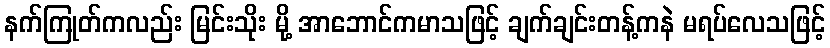
နက်ကြုတ်ကလည်း မြင်းသိုး မို့ အာဘောင်ကမာသဖြင့် ချက်ချင်းတန့်ကနဲ မရပ်လေသဖြင့်